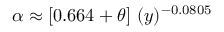
\alpha \approx [ 0 . 6 6 4 + \theta ] ~ ( y ) ^ { - 0 . 0 8 0 5 }